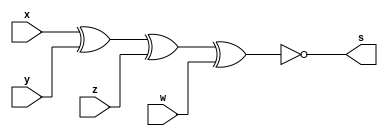
// ------------------------
// Guia01 - Capitulo3
// Nome: Karen Alves Pereira
// ------------------------

// -----------------------
// XNOR
//-- xnor gate
// -----------------------

 module xnorgate (s, x, y, z, w);     //-- definindo a saida e as entradas
 output s;                            //-- saida
 input x, y, z, w;                    //-- entradas

 assign s = ~(x ^ y ^ z ^ w);        //-- operacao

 endmodule // fim xnorgate            //-- fim modulo

// ---------------------
// -- Teste xnor gate
// ---------------------

 module testxnorgate;        //-- teste
 reg x, y, z, w;             //-- valores definidos (registradores)
 wire s;                     //-- valor alternado de acordo com a operacao

 xnorgate XNOR1 (s, x, y, z, w);    //-- nomeando a porta

 initial begin
		$display ("Guia 01 - Karen Alves Pereira - 407451");
		$display ("Teste XNOR gate");
		$display ("\n~(x ^ y ^ z ^ w) = s\n");
		x=0; y=0; z=0; w=0;    //-- fornecendo valores
 #1   $display ("~(%b ^ %b ^ %b ^ %b) = %b", x, y, z, w, s);   //-- em um instante, tem os valores fornecidos e gera a saida
		x=0; y=0; z=0; w=1;
 #1   $display ("~(%b ^ %b ^ %b ^ %b) = %b", x, y, z, w, s);
		x=0; y=0; z=1; w=0;
 #1   $display ("~(%b ^ %b ^ %b ^ %b) = %b", x, y, z, w, s);
		x=0; y=0; z=1; w=1;
 #1   $display ("~(%b ^ %b ^ %b ^ %b) = %b", x, y, z, w, s);
		x=0; y=1; z=0; w=0;
 #1   $display ("~(%b ^ %b ^ %b ^ %b) = %b", x, y, z, w, s);
		x=0; y=1; z=0; w=1;
 #1   $display ("~(%b ^ %b ^ %b ^ %b) = %b", x, y, z, w, s);
		x=0; y=1; z=1; w=0;
 #1   $display ("~(%b ^ %b ^ %b ^ %b) = %b", x, y, z, w, s);
		x=0; y=1; z=1; w=1;
 #1   $display ("~(%b ^ %b ^ %b ^ %b) = %b", x, y, z, w, s);
		x=1; y=0; z=0; w=0;
 #1   $display ("~(%b ^ %b ^ %b ^ %b) = %b", x, y, z, w, s);
		x=1; y=0; z=0; w=1;
 #1   $display ("~(%b ^ %b ^ %b ^ %b) = %b", x, y, z, w, s);
		x=1; y=0; z=1; w=0;
 #1   $display ("~(%b ^ %b ^ %b ^ %b) = %b", x, y, z, w, s);
		x=1; y=0; z=1; w=1;
 #1   $display ("~(%b ^ %b ^ %b ^ %b) = %b", x, y, z, w, s);
		x=1; y=1; z=0; w=0;
 #1   $display ("~(%b ^ %b ^ %b ^ %b) = %b", x, y, z, w, s);
		x=1; y=1; z=0; w=1;
 #1   $display ("~(%b ^ %b ^ %b ^ %b) = %b", x, y, z, w, s);
		x=1; y=1; z=1; w=0;
 #1   $display ("~(%b ^ %b ^ %b ^ %b) = %b", x, y, z, w, s);
		x=1; y=1; z=1; w=1;
 #1   $display ("~(%b ^ %b ^ %b ^ %b) = %b", x, y, z, w, s);
 end     //--fim inicial

 endmodule // -- fim testxnorgate